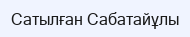
Сатылған Сабатайұлы